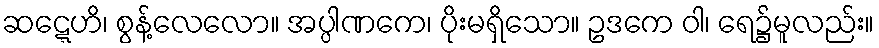
ဆဋ္ဋေဟိ၊ စွန့်လေလော။ အပ္ပါဏကေ၊ ပိုးမရှိသော။ ဥဒကေ ဝါ၊ ရေ၌မူလည်း။